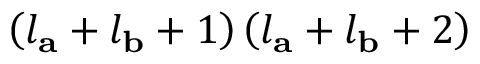
\left( l _ { \mathbf { a } } + l _ { \mathbf { b } } + 1 \right) \left( l _ { \mathbf { a } } + l _ { \mathbf { b } } + 2 \right)